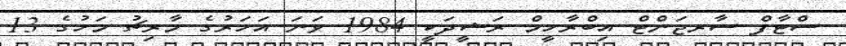
ސްޓާފް ސާރޖަންޓް އިބްރާހީމް ރަޝީދަކީ 1984 ވަނަ އަހަރުގެ މާރިޗު މަހުގެ 13